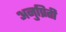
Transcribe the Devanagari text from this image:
अनुप्रिती